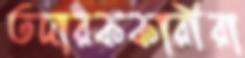
তদারককারীরা